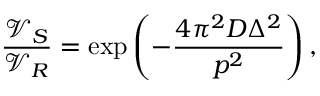
\frac { \mathcal { V } _ { S } } { \mathcal { V } _ { R } } = \exp \left( { - \frac { 4 \pi ^ { 2 } D \Delta ^ { 2 } } { p ^ { 2 } } } \right) ,